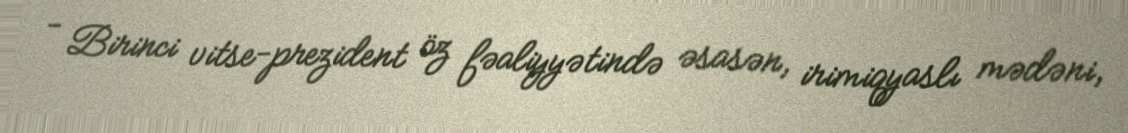
- Birinci vitse-prezident öz fəaliyyətində əsasən, irimiqyaslı mədəni,